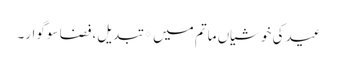
عید کی خوشیاں ماتم میں* تبدیل، فضا سوگوار۔